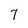
Character: 7